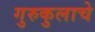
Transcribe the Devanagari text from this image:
गुरुकुलाचे